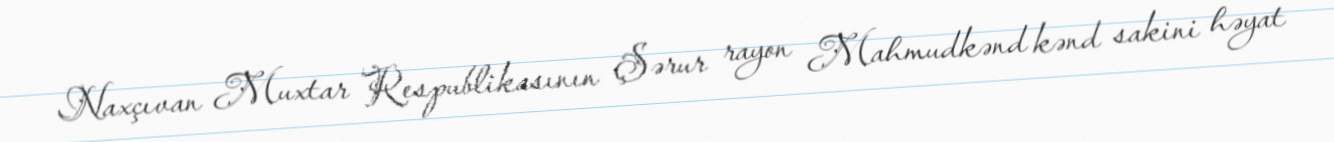
Naxçıvan Muxtar Respublikasının Şərur rayon Mahmudkənd kənd sakini həyat